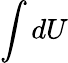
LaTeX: \int dU